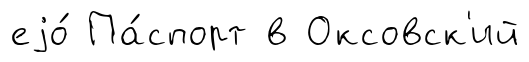
еjо́ Па́спорт в Оксовск'ий